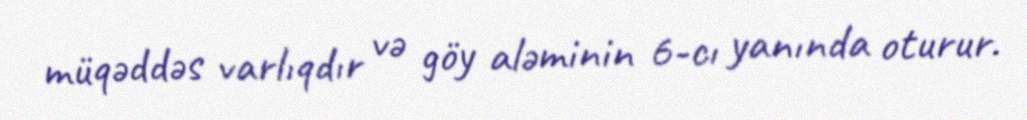
müqəddəs varlıqdır və göy aləminin 6-cı yanında oturur.